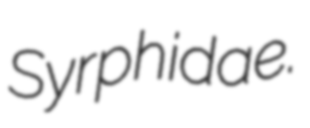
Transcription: Syrphidae.